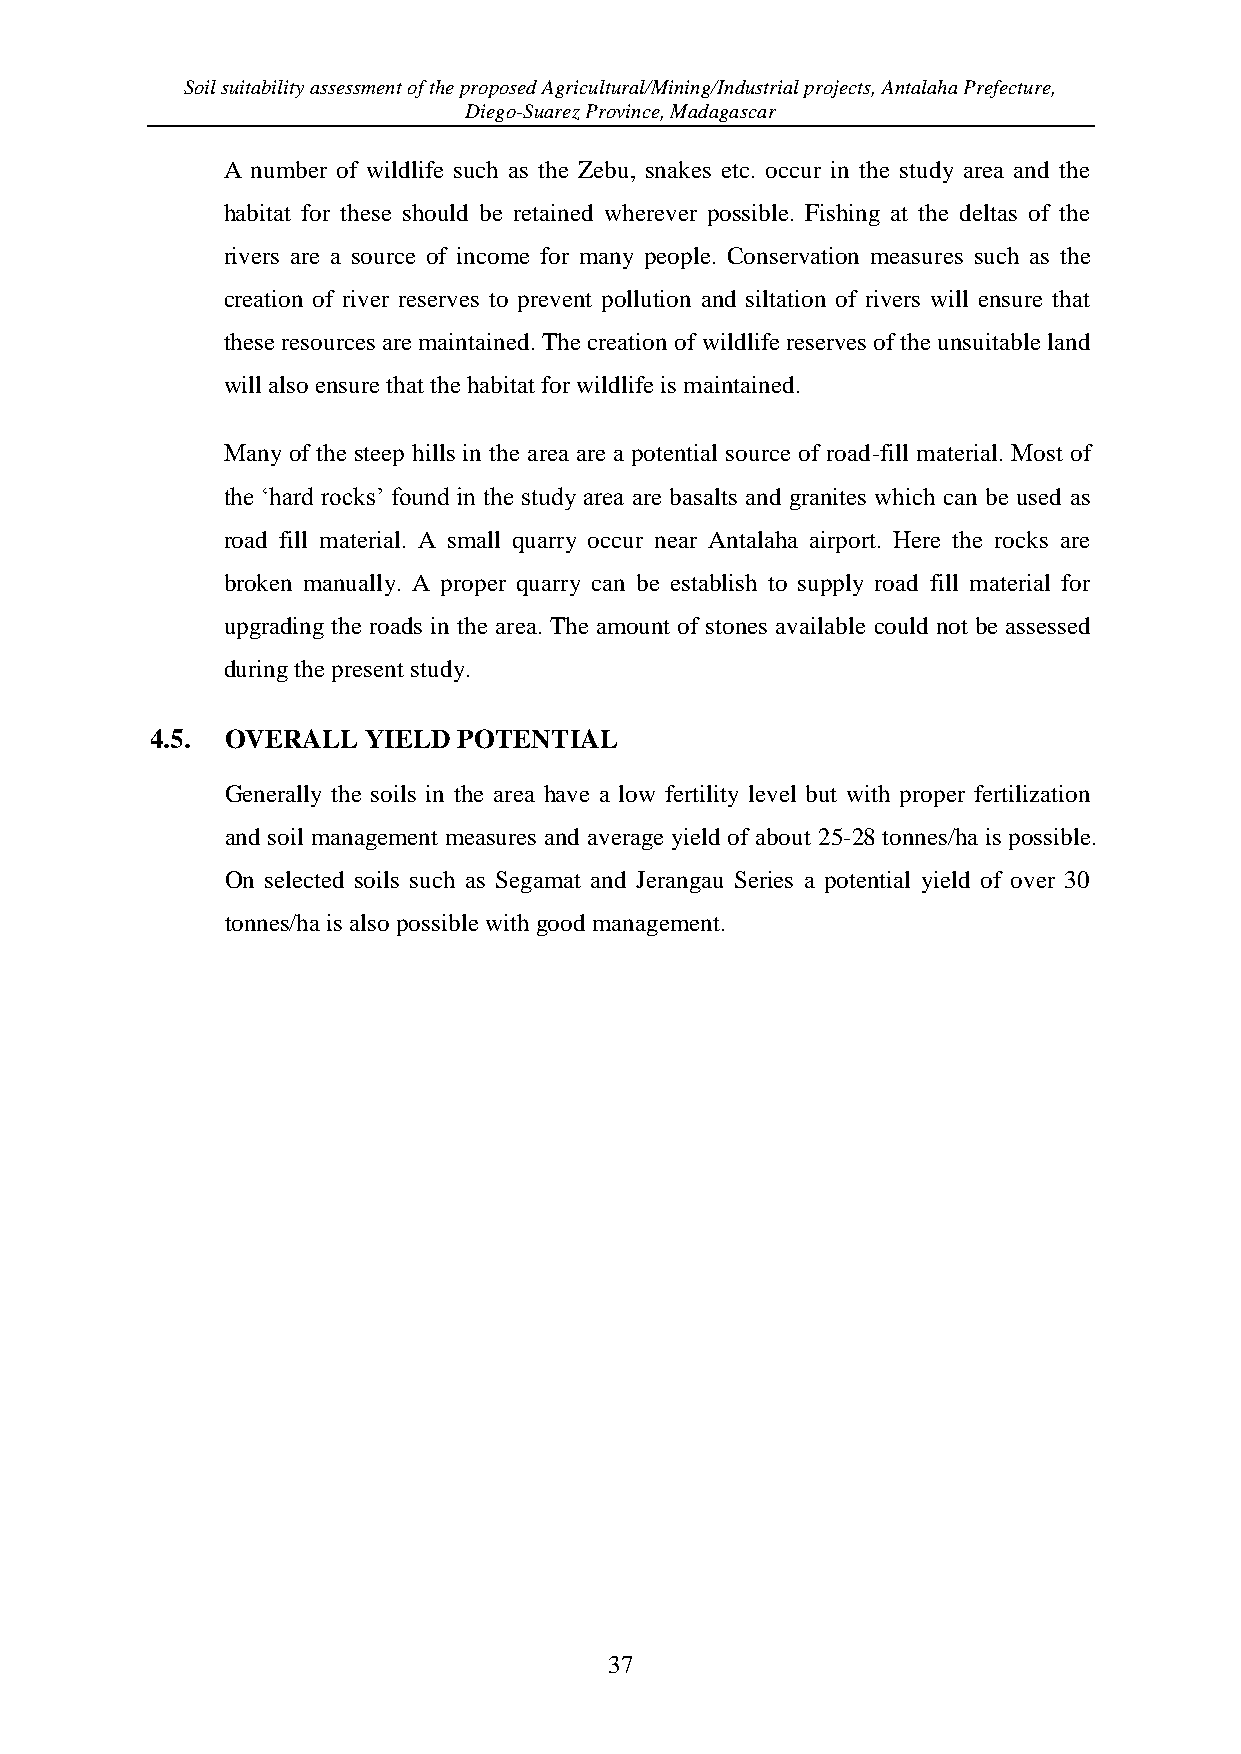
Soil suitability assessment of the proposed Agricultural/Mining/Industrial projects, Antalaha Prefecture,
 Diego-Suarez Province, Madagascar
 A number of wildlife such as the Zebu, snakes etc. occur in the study area and the
 habitat for these should be retained wherever possible. Fishing at the deltas of the
 rivers are a source of income for many people. Conservation measures such as the
 creation of river reserves to prevent pollution and siltation of rivers will ensure that
 these resources are maintained. The creation of wildlife reserves of the unsuitable land
 will also ensure that the habitat for wildlife is maintained.
 Many of the steep hills in the area are a potential source of road-fill material. Most of
 the ‘hard rocks’ found in the study area are basalts and granites which can be used as
 road fill material. A small quarry occur near Antalaha airport. Here the rocks are
 broken manually. A proper quarry can be establish to supply road fill material for
 upgrading the roads in the area. The amount of stones available could not be assessed
 during the present study.
 4.5. OVERALL  YIELD POTENTIAL
 Generally the soils in the area have a low fertility level but with proper fertilization
 and soil management measures and average yield of about 25-28 tonnes/ha is possible.
 On selected soils such as Segamat and Jerangau Series a potential yield of over 30
 tonnes/ha is also possible with good management.
 37